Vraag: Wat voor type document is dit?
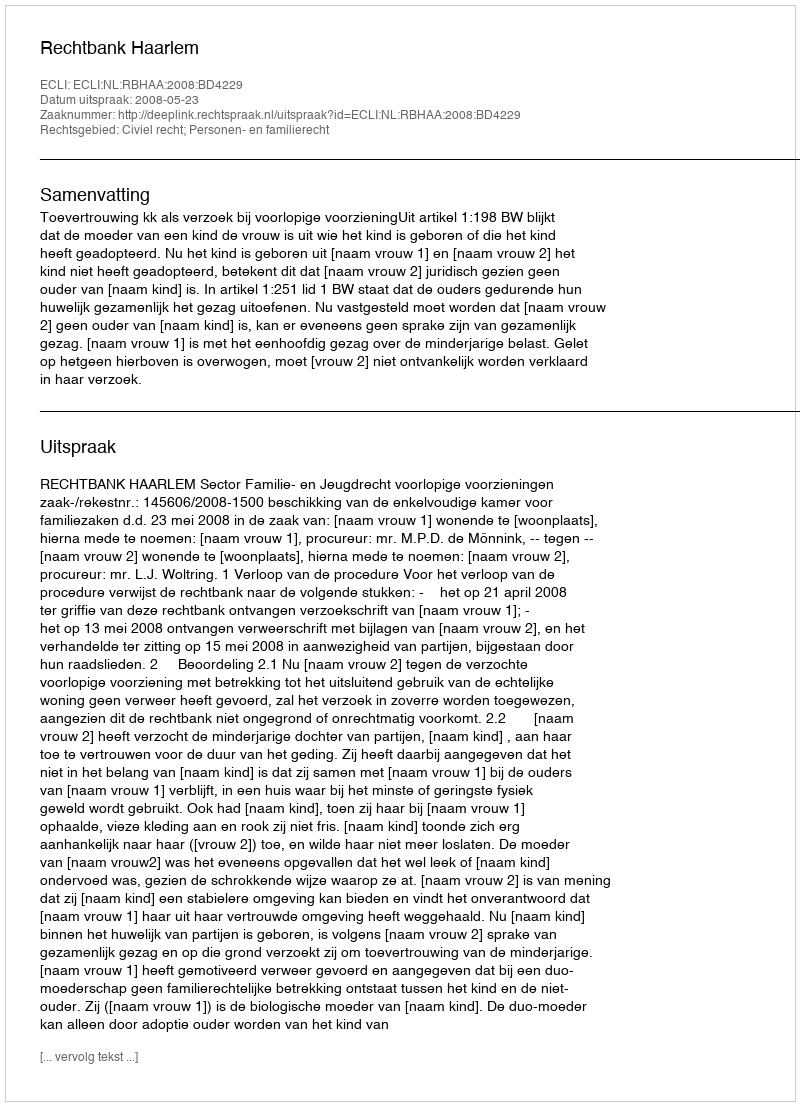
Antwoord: Uitspraak